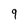
Character: 9